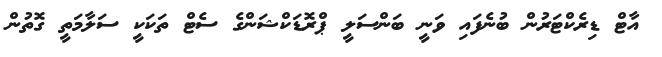
އާޓް ޑިރެކްޓަރުން ބުނެފައި ވަނީ ބަންސަލީ ޕްރޮޑަކްޝަންގެ ސެޓް ތަކަކީ ސަލާމަތީ ގޮތުން